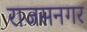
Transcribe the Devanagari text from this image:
राजसनगर